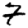
Digit: 7